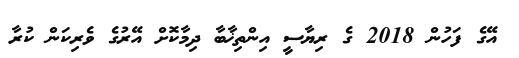
އޭގެ ފަހުން 2018 ގެ ރިޔާސީ އިންތިޚާބާ ދިމާކޮށް އޭރުގެ ވެރިކަން ކުރާ